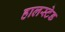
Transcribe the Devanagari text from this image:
हालस्टेड